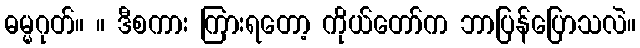
ဓမ္မဂုတ်။ ။ ဒီစကား ကြားရတော့ ကိုယ်တော်က ဘာပြန်ပြောသလဲ။